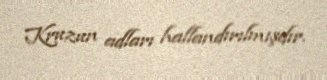
Kruzun adları hallandırılmışdır.